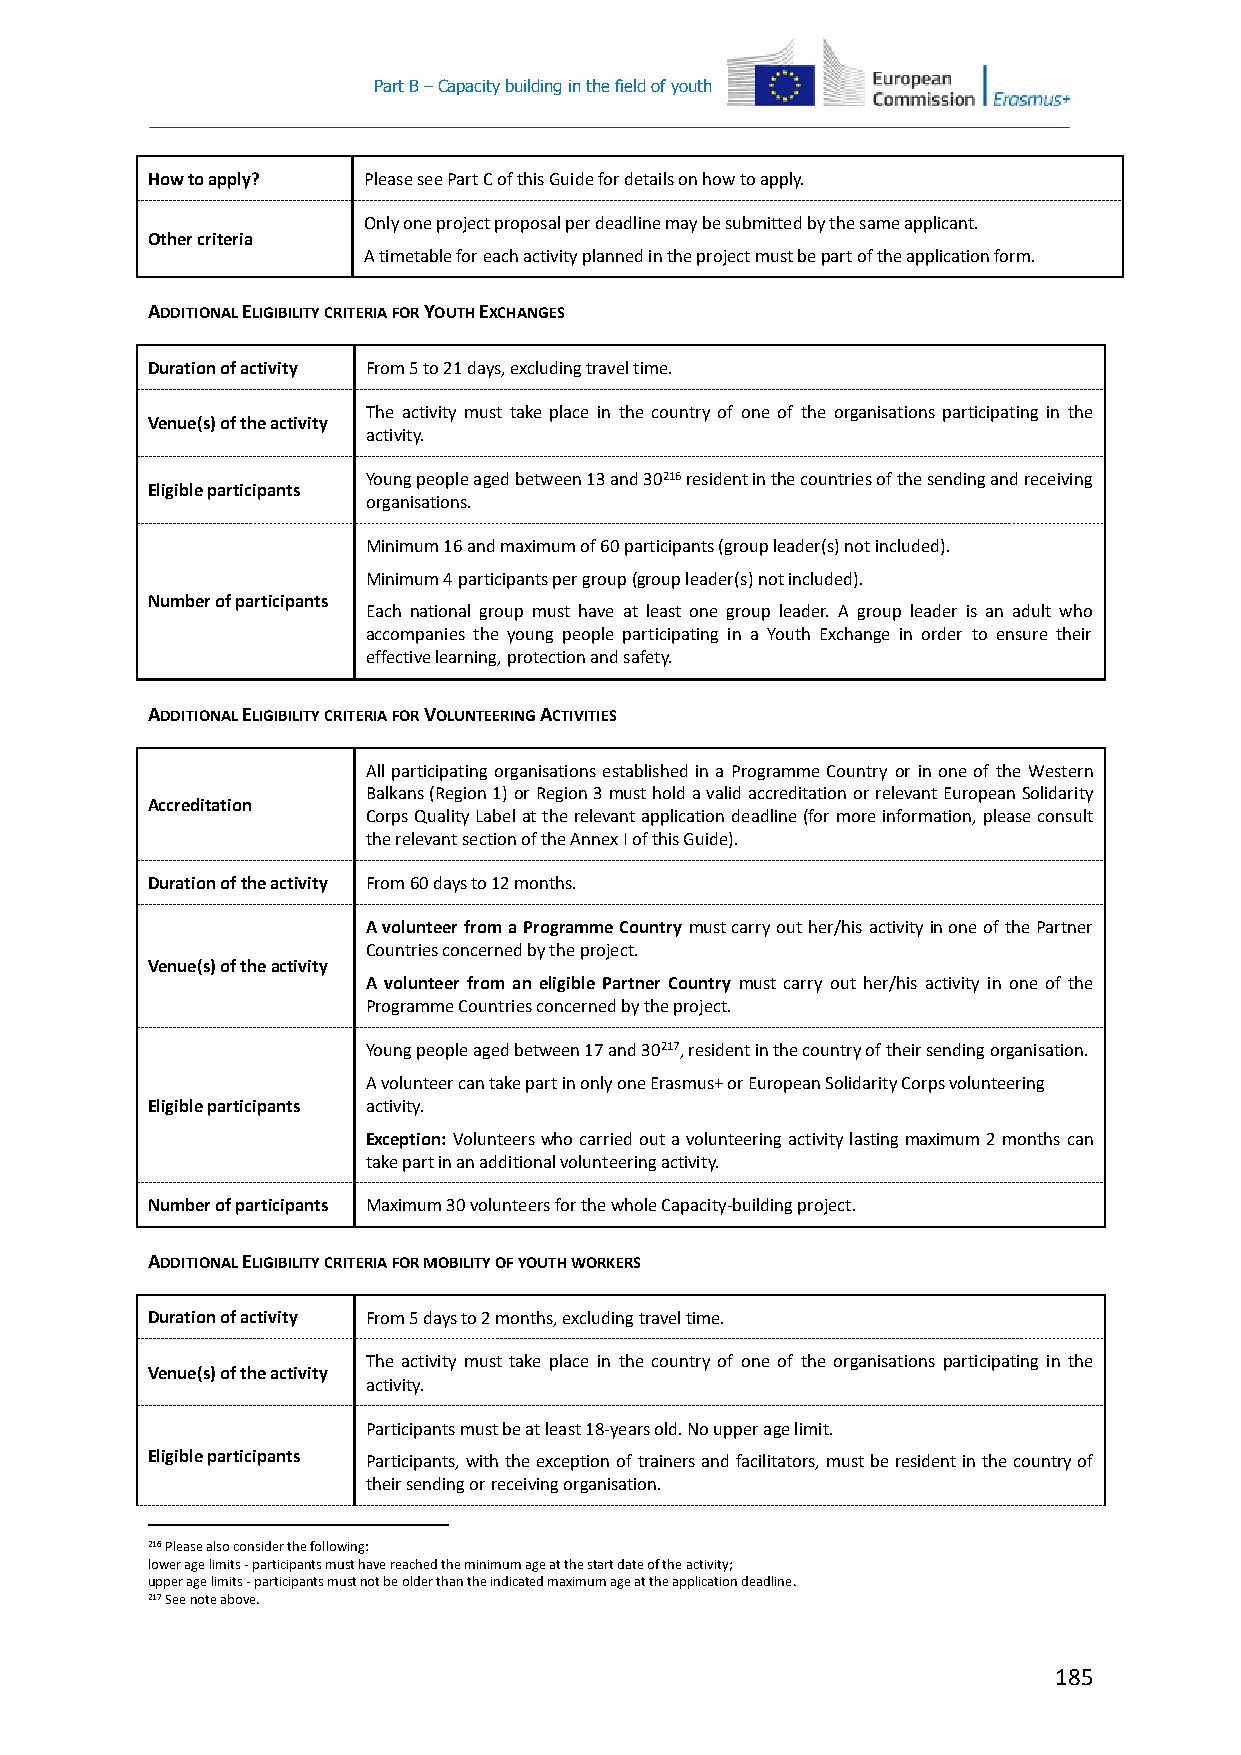
Part B – Capacity building in the field of youth
 How to apply? Please see Part C of this Guide for details on how to apply.
 Only one project proposal per deadline may be submitted by the same applicant.
 Other criteria
 A timetable for each activity planned in the project must be part of the application form.
 ADDITIONAL ELIGIBILITY CRITERIA FOR YOUTH EXCHANGES
 Duration of activity From 5 to 21 days, excluding travel time.
 The activity must take place in the country of one of the organisations participating in the
 Venue(s) of the activity
 activity.
 Young people aged between 13 and 30216 resident in the countries of the sending and receiving
 Eligible participants
 organisations.
 Minimum 16 and maximum of 60 participants (group leader(s) not included).
 Minimum 4 participants per group (group leader(s) not included).
 Number of participants
 Each national group must have at least one group leader. A group leader is an adult who
 accompanies the young people participating in a Youth Exchange in order to ensure their
 effective learning, protection and safety.
 ADDITIONAL ELIGIBILITY CRITERIA FOR VOLUNTEERING ACTIVITIES
 All participating organisations established in a Programme Country or in one of the Western
 Balkans (Region 1) or Region 3 must hold a valid accreditation or relevant European Solidarity
 Accreditation
 Corps Quality Label at the relevant application deadline (for more information, please consult
 the relevant section of the Annex I of this Guide).
 Duration of the activity From 60 days to 12 months.
 A volunteer from a Programme Country must carry out her/his activity in one of the Partner
 Countries concerned by the project.
 Venue(s) of the activity
 A volunteer from an eligible Partner Country must carry out her/his activity in one of the
 Programme Countries concerned by the project.
 Young people aged between 17 and 30217, resident in the country of their sending organisation.
 A volunteer can take part in only one Erasmus+ or European Solidarity Corps volunteering
 Eligible participants activity.
 Exception: Volunteers who carried out a volunteering activity lasting maximum 2 months can
 take part in an additional volunteering activity.
 Number of participants Maximum 30 volunteers for the whole Capacity-building project.
 ADDITIONAL ELIGIBILITY CRITERIA FOR MOBILITY OF YOUTH WORKERS
 Duration of activity From 5 days to 2 months, excluding travel time.
 The activity must take place in the country of one of the organisations participating in the
 Venue(s) of the activity
 activity.
 Participants must be at least 18-years old. No upper age limit.
 Eligible participants Participants, with the exception of trainers and facilitators, must be resident in the country of
 their sending or receiving organisation.
 216 Please also consider the following:
 lower age limits - participants must have reached the minimum age at the start date of the activity;
 upper age limits - participants must not be older than the indicated maximum age at the application deadline.
 217 See note above.
 185